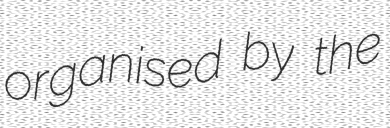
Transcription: organised by the